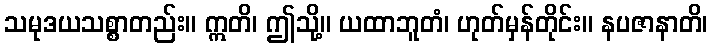
သမုဒယသစ္စာတည်း။ ဣတိ၊ ဤသို့။ ယထာဘူတံ၊ ဟုတ်မှန်တိုင်း။ နပဇာနာတိ၊